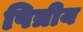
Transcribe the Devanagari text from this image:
पित्रीय